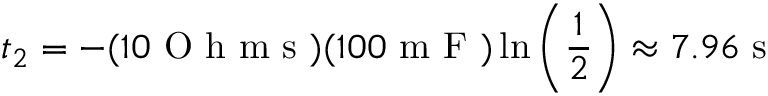
t _ { 2 } = - ( 1 0 \mathrm { ~ O ~ h ~ m ~ s ~ } ) ( 1 0 0 \mathrm { ~ m ~ F ~ } ) \ln { \left( \frac { 1 } { 2 } \right) } \approx 7 . 9 6 \mathrm { ~ s ~ }